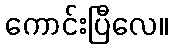
ကောင်းပြီလေ။